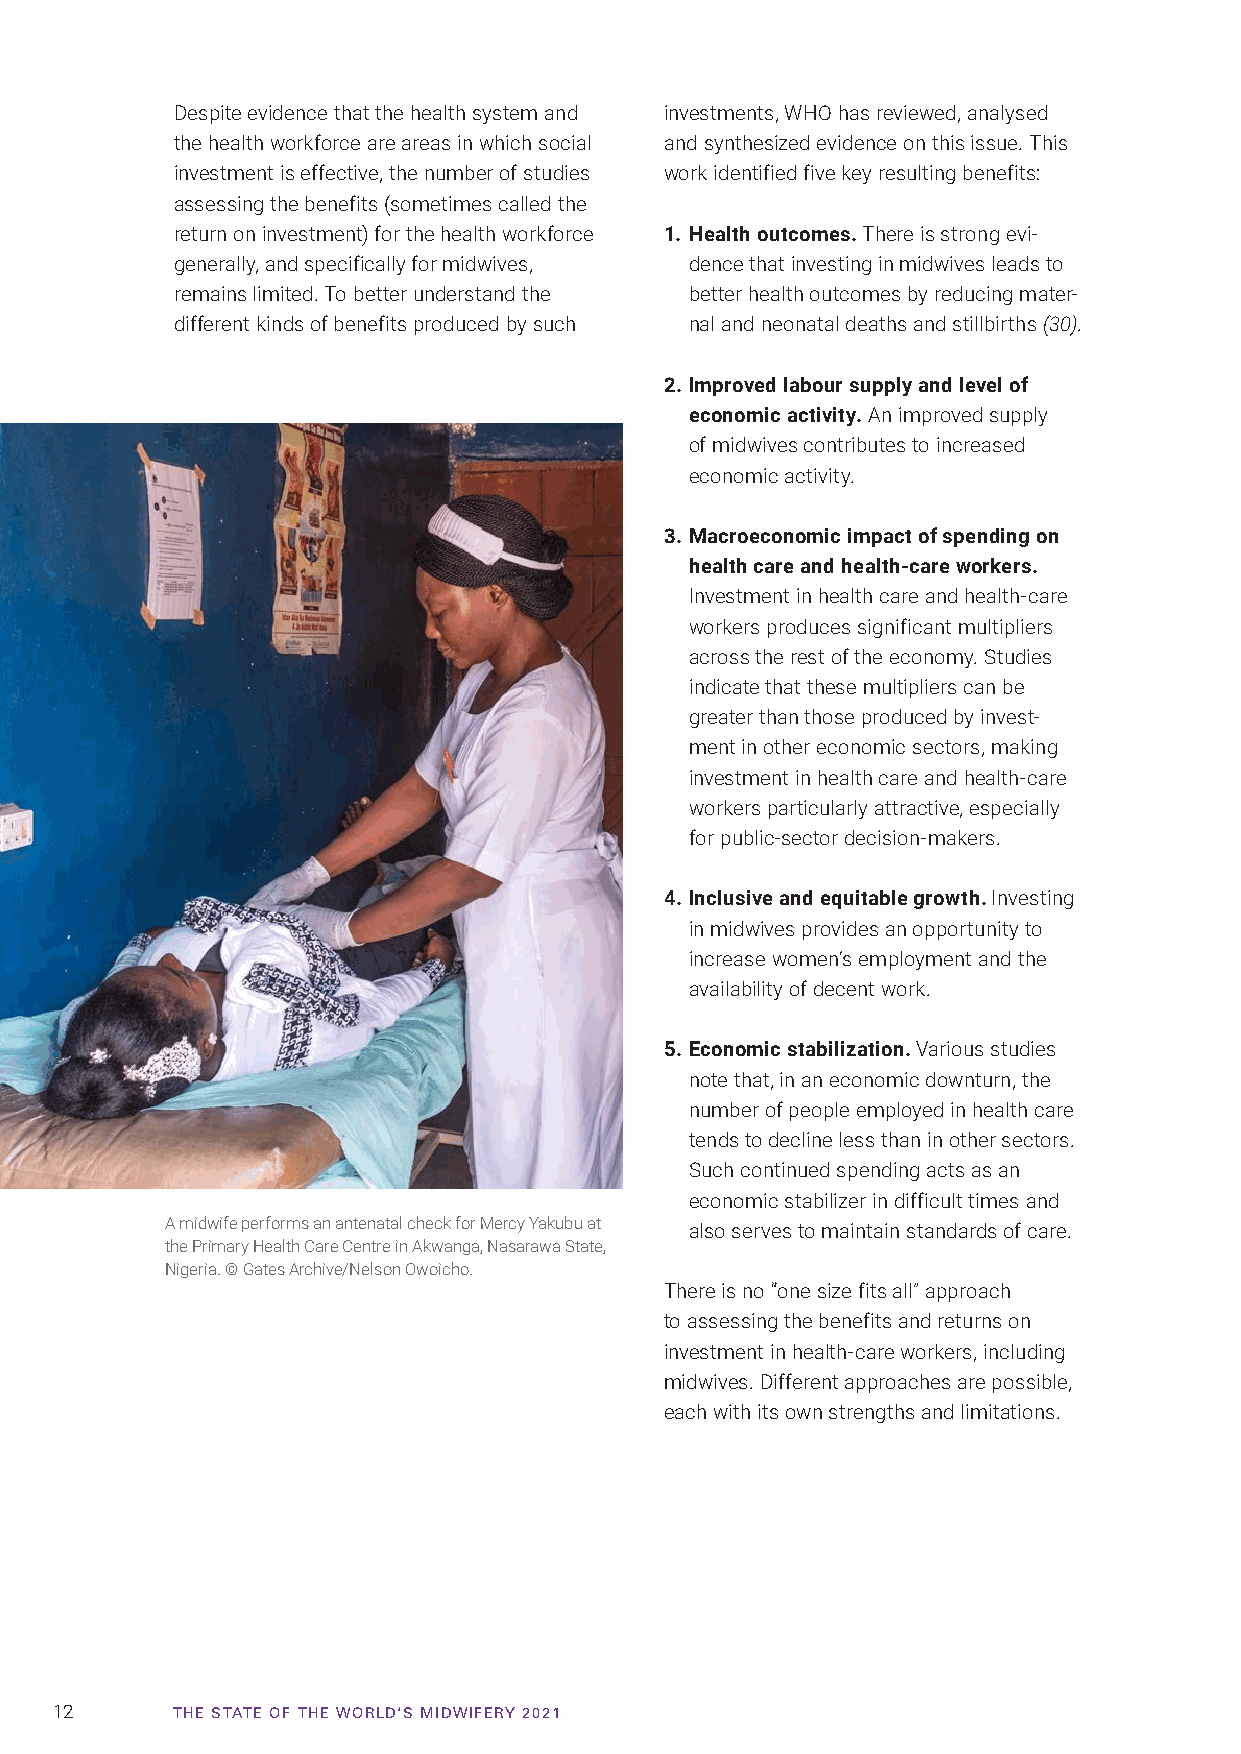
Despite evidence that the health system and investments, WHO has reviewed, analysed
 the health workforce are areas in which social and synthesized evidence on this issue. This
 investment is effective, the number of studies work identified five key resulting benefits:
 assessing the benefits (sometimes called the
 return on investment) for the health workforce 1. Health outcomes. There is strong evi-
 generally, and specifically for midwives, dence that investing in midwives leads to
 remains limited. To better understand the better health outcomes by reducing mater-
 different kinds of benefits produced by such nal and neonatal deaths and stillbirths (30).
 2. Improved labour supply and level of
 economic activity. An improved supply
 of midwives contributes to increased
 economic activity.
 3. Macroeconomic impact of spending on
 health care and health-care workers.
 Investment in health care and health-care
 workers produces significant multipliers
 across the rest of the economy. Studies
 indicate that these multipliers can be
 greater than those produced by invest-
 ment in other economic sectors, making
 investment in health care and health-care
 workers particularly attractive, especially
 for public-sector decision-makers.
 4. Inclusive and equitable growth. Investing
 in midwives provides an opportunity to
 increase women’s employment and the
 availability of decent work.
 5. Economic stabilization. Various studies
 note that, in an economic downturn, the
 number of people employed in health care
 tends to decline less than in other sectors.
 Such continued spending acts as an
 economic stabilizer in difficult times and
 A midwife performs an antenatal check for Mercy Yakubu at also serves to maintain standards of care.
 the Primary Health Care Centre in Akwanga, Nasarawa State,
 Nigeria. © Gates Archive/Nelson Owoicho.
 There is no “one size fits all” approach
 to assessing the benefits and returns on
 investment in health-care workers, including
 midwives. Different approaches are possible,
 each with its own strengths and limitations.
 12      TTHHEE SSTTAATTEE OOFF TTHHEE WWOORRLLDD‘‘SS MMIIDDWWIIFFEERRYY 22002211